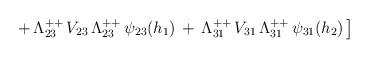
LaTeX: \begin{align*}\left. +\,\Lambda^{++}_{23}\,V_{23}\,\Lambda^{++}_{23}\,\psi_{23}(h_1)\,+\,\Lambda^{++}_{31}\,V_{31}\,\Lambda^{++}_{31}\,\psi_{31}(h_2)\,\right]\end{align*}